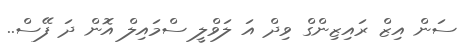
ސަން އިޒް ރައިޒިންގް ވިދް އަ ލަވްލީ ސްމައިލް އޮން ދަ ފޭސް..